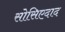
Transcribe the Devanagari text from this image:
सोसिएदाद